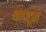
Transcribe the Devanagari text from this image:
थापटून